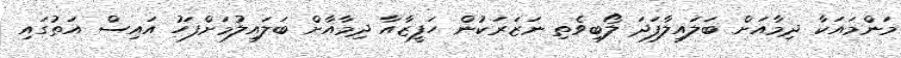
މަންމައަކާ ދިމާއަށް ބަލައިލާފަދަ ލޯބިވެތި ނަޒަރަކުން ހަފީޒާއާ ދިމާއާށް ބަލައިލުމަށްފަހު އައިސް އަތުގައި